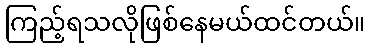
ကြည့်ရသလိုဖြစ်နေမယ်ထင်တယ်။